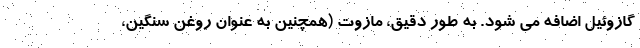
گازوئیل اضافه می شود. به طور دقیق، مازوت (همچنین به عنوان روغن سنگین،